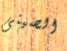
الصينى